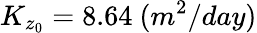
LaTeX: K_{z_{0}}=8.64~(m^{2}/day)